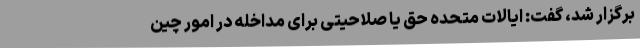
برگزار شد، گفت: ایالات متحده حق یا صلاحیتی برای مداخله در امور چین